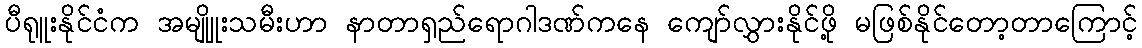
ပီရုူးနိုင်ငံက အမျိုူးသမီးဟာ နာတာရှည်ရောဂါဒဏ်ကနေ ကျော်လွှားနိုင်ဖို့ မဖြစ်နိုင်တော့တာကြောင့်